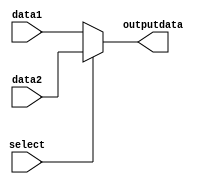
module mux2to1 (
    input wire select,     
    input wire [31:0] data1,
	 input wire [31:0] data2,
    output wire [31:0] outputdata 
);

assign outputdata = (select) ? data2 : data1;

endmodule